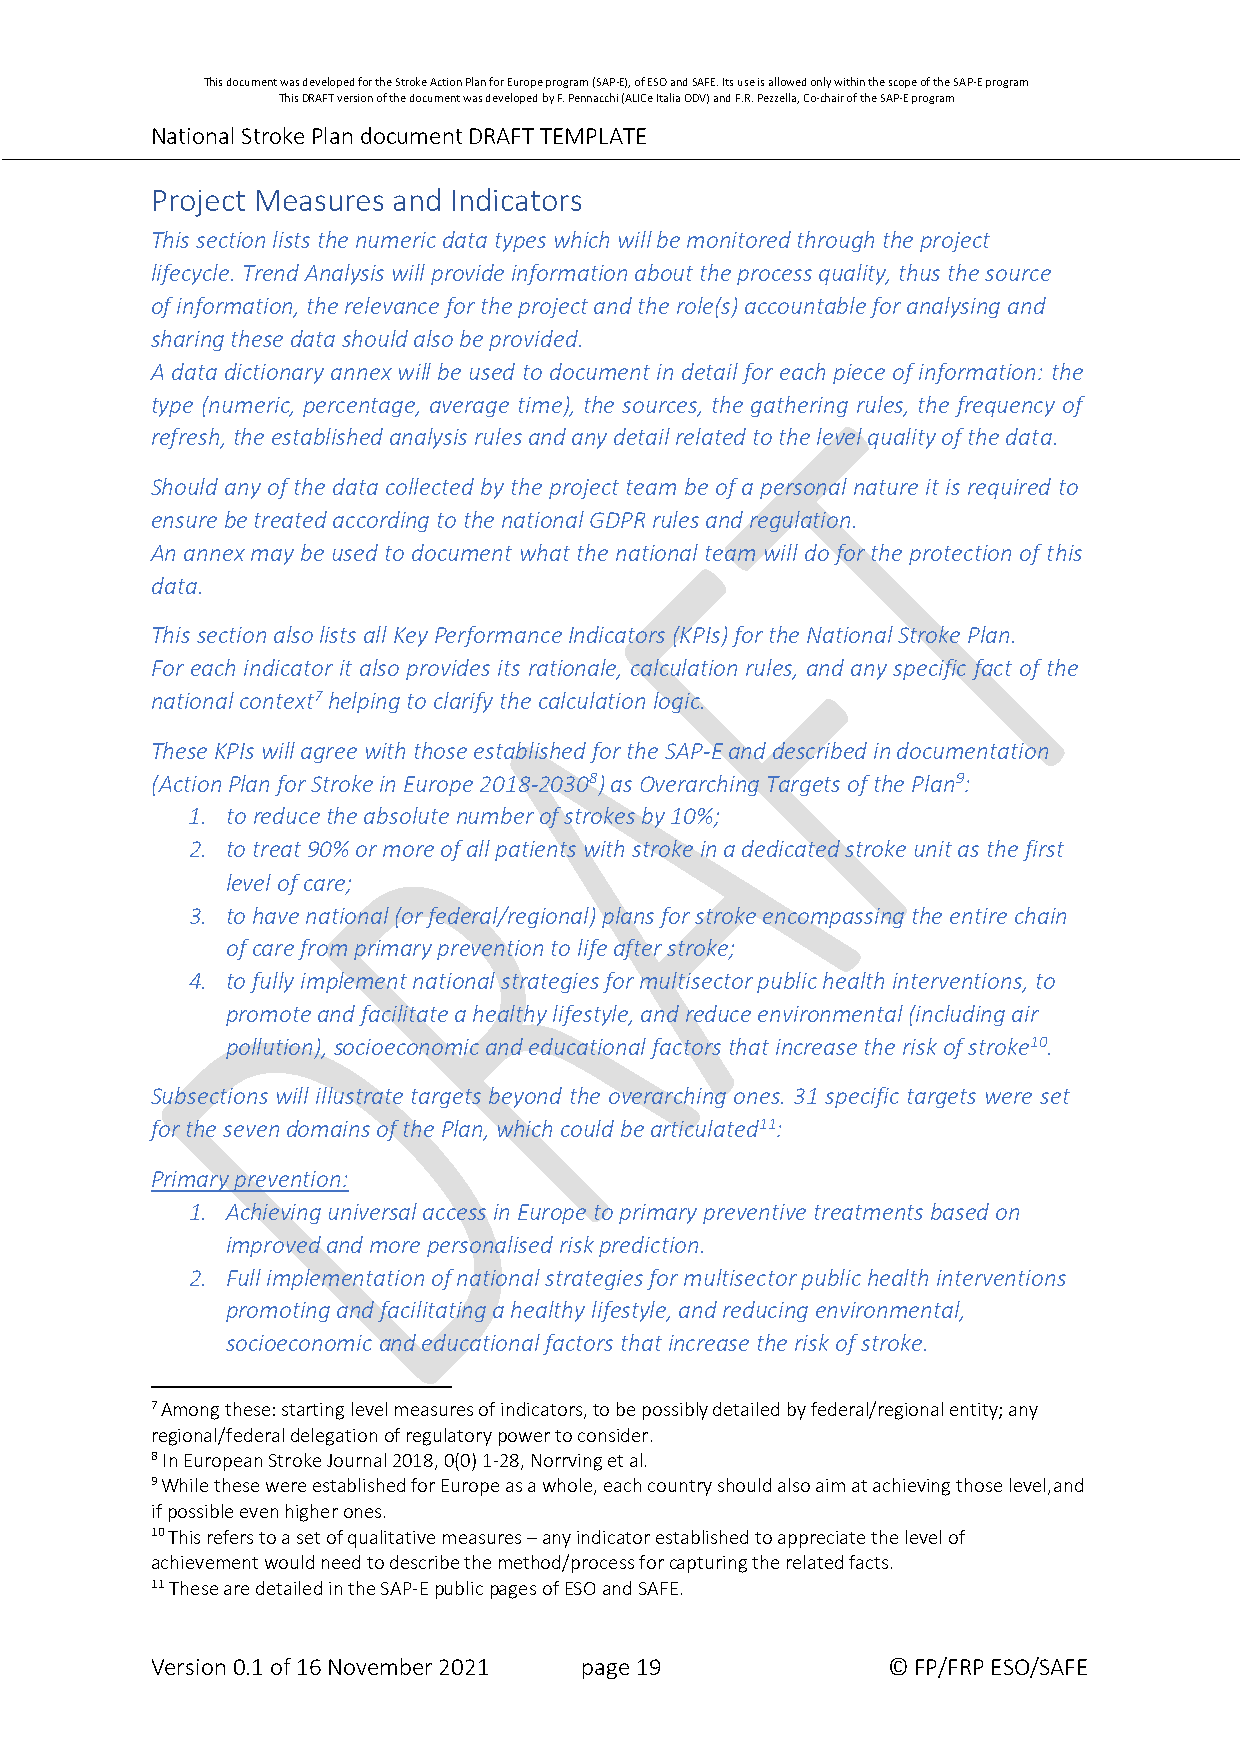
This document was developed for the Stroke Action Plan for Europe program (SAP-E), of ESO and SAFE. Its use is allowed only within the scope of the SAP-E program
 This DRAFT version of the document was developed by F. Pennacchi (ALICe Italia ODV) and F.R. Pezzella, Co-chair of the SAP-E program
 National Stroke Plan document DRAFT TEMPLATE
 Project Measures and Indicators
 This section lists the numeric data types which will be monitored through the project
 lifecycle. Trend Analysis will provide information about the process quality, thus the source
 of information, the relevance for the project and the role(s) accountable for analysing and
 sharing these data should also be provided.
 A data dictionary annex will be used to document in detail for each piece of information: the
 type (numeric, percentage, average time), the sources, the gathering rules, the frequency of
 refresh, the established analysis rules and any detail related to the level quality of the data.
 Should any of the data collected by the project team be of a personal nature it is required to
 ensure be treated according to the national GDPR rules and regulation.
 An annex may be used to document what the national team will do for the protection of this
 data.
 This section also lists all Key Performance Indicators (KPIs) for the National Stroke Plan.
 For each indicator it also provides its rationale, calculation rules, and any specific fact of the
 national context7 helping to clarify the calculation logic.
 These KPIs will agree with those established for the SAP-E and described in documentation
 (Action Plan for Stroke in Europe 2018-20308) as Overarching Targets of the Plan9:
 1. to reduce the absolute number of strokes by 10%;
 2. to treat 90% or more of all patients with stroke in a dedicated stroke unit as the first
 level of care;
 3. to have national (or federal/regional) plans for stroke encompassing the entire chain
 of care from primary prevention to life after stroke;
 4. to fully implement national strategies for multisector public health interventions, to
 promote and facilitate a healthy lifestyle, and reduce environmental (including air
 pollution), socioeconomic and educational factors that increase the risk of stroke10.
 Subsections will illustrate targets beyond the overarching ones. 31 specific targets were set
 for the seven domains of the Plan, which could be articulated11:
 Primary prevention:
 1. Achieving universal access in Europe to primary preventive treatments based on
 improved and more personalised risk prediction.
 2. Full implementation of national strategies for multisector public health interventions
 promoting and facilitating a healthy lifestyle, and reducing environmental,
 socioeconomic and educational factors that increase the risk of stroke.
 7 Among these: starting level measures of indicators, to be possibly detailed by federal/regional entity; any
 regional/federal delegation of regulatory power to consider.
 8 In European Stroke Journal 2018, 0(0) 1-28, Norrving et al.
 9 While these were established for Europe as a whole, each country should also aim at achieving those level, and
 if possible even higher ones.
 10 This refers to a set of qualitative measures – any indicator established to appreciate the level of
 achievement would need to describe the method/process for capturing the related facts.
 11 These are detailed in the SAP-E public pages of ESO and SAFE.
 Version 0.1 of 16 November 2021 page 19          © FP/FRP ESO/SAFE